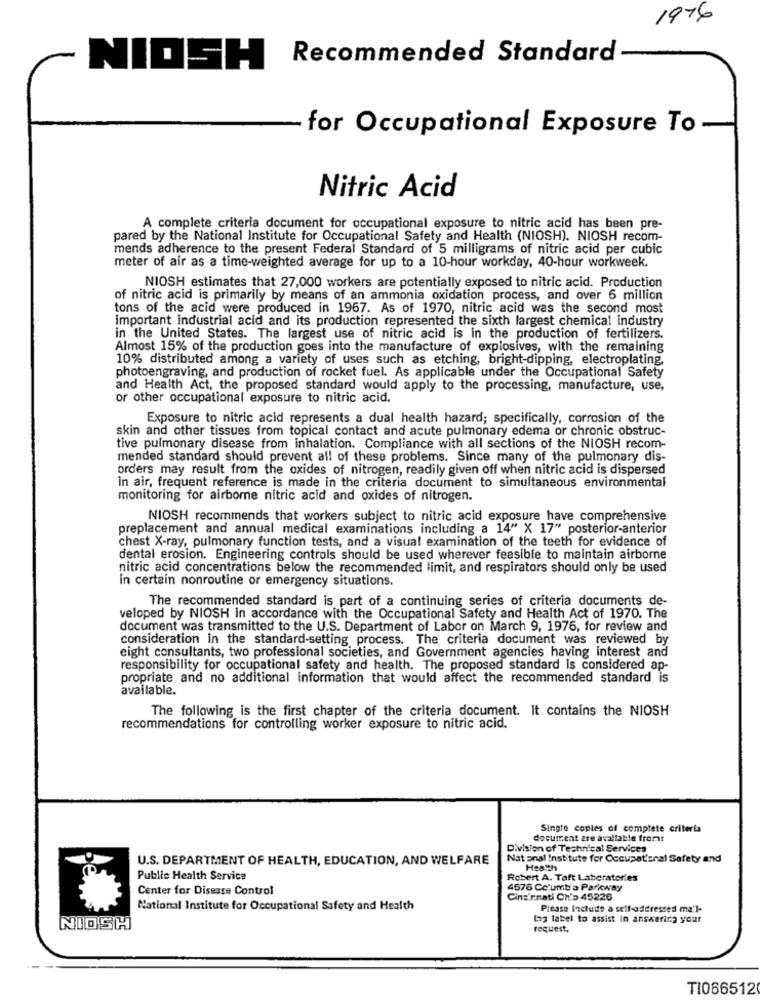
1976
Recommended Standard
NIOSH
for Occupational Exposure To
Nitric Acid
A complete criteria document for occupational exposure to nitric acid has been pre-
pared by the National Institute for Occupational Safety and Health (NIOSH). NIOSH recom-
mends adherence to the present Federal Standard of 5 milligrams of nitric acid per cubic
meter of air as a time-weighted average for up to a 10-hour workday, 40-hour workweek.
NIOSH estimates that 27,000 workers are potentially exposed to nitric acid. Production
of nitric acid is primarily by means of an ammonia oxidation process, and over 6 million
tons of the acid were produced in 1967. As of 1970, nitric acid was the second most
important industrial acid and its production represented the sixth largest chemical industry
in the United States. The largest use of nitric acid is in the production of fertilizers.
Almost 15% of the production goes into the manufacture of explosives, with the remaining
10% distributed among a variety of uses such as etching, bright-dipping, electroplating.
photoengraving, and production of rocket fuel. As applicable under the Occupational Safety
and Health Act, the proposed standard would apply to the processing, manufacture, use,
or other occupational exposure to nitric acid.
Exposure to nitric acid represents a dual health hazard; specifically, corrosion of the
skin and other tissues from topical contact and acute pulmonary edema or chronic obstruc-
tive pulmonary disease from inhalation. Compliance with all sections of the NIOSH recom-
mended standard should prevent all of these problems. Since many of the pulmonary dis-
orders may result from the oxides of nitrogen, readily given off when nitric acid is dispersed
in air, frequent reference is made in the criteria document to simultaneous environmental
monitoring for airborne nitric acid and oxides of nitrogen.
NIOSH recommends that workers subject to nitric acid exposure have comprehensive
preplacement and annual medical examinations including a 14" X 17" posterior-anterior
chest X-ray, pulmonary function tests, and a visual examination of the teeth for evidence of
dental erosion. Engineering controls should be used wherever feasible to maintain airborne
nitric acid concentrations below the recommended limit, and respirators should only be used
in certain nonroutine or emergency situations.
The recommended standard is part of a continuing series of criteria documents de-
veloped by NIOSH in accordance with the Occupational Safety and Health Act of 1970. The
document was transmitted to the U.S. Department of Labor on March 9, 1976, for review and
consideration in the standard-setting process. The criteria document was reviewed by
eight consultants, two professional societies, and Government agencies having interest and
responsibility for occupational safety and health. The proposed standard is considered ap-
propriate and no additional information that would affect the recommended standard is
available.
The following is the first chapter of the criteria document. It contains the NIOSH
recommendations for controlling worker exposure to nitric acid.
Single copies of complete criteria
document are available fromt
Division of Technical Services
U.S. DEPARTMENT OF HEALTH, EDUCATION, AND WELFARE
Nat onal Institute for Occupational Safety and
Heatth
Public Health Service
Robert A. Taft Laboratories
Center for Disease Control
4676 Co'umb a Parkway
Cincinnati Ch'p 45226
National Institute for Occupational Safety and Health
Please include a self-addressed ma'l-
lag label to assist in answering your
NIOSH
request.
TI066512